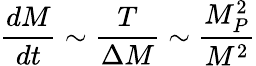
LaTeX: \frac{dM}{dt}\sim\frac{T}{\Delta M}\sim\frac{M_{P}^{2}}{M^{2}}